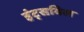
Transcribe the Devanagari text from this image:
हंट्सविल